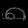
Digit: ၈